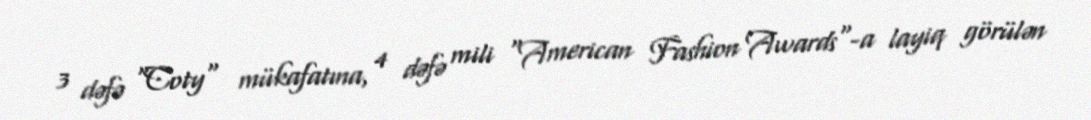
3 dəfə "Coty" mükafatına, 4 dəfə mili "American Fashion Awards"-a layiq görülən